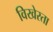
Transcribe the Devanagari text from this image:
विखेरता